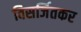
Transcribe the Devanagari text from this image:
विसर्जितकर